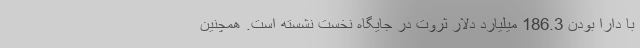
با دارا بودن 186.3 میلیارد دلار ثروت در جایگاه نخست نشسته است. همچنین